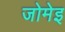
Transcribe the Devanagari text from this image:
जोमेइ